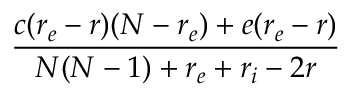
\frac { c ( r _ { e } - r ) ( N - r _ { e } ) + e ( r _ { e } - r ) } { N ( N - 1 ) + r _ { e } + r _ { i } - 2 r }